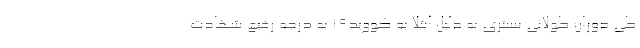
طی دوران طولانی بستری به دلیل ابتلا به کووید۱۹ به درجه رفیع شهادت